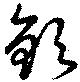
欽